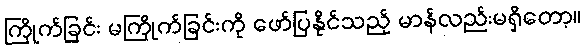
ကြိုက်ခြင်း မကြိုက်ခြင်းကို ဖော်ပြနိုင်သည့် မာန်လည်းမရှိတော့။